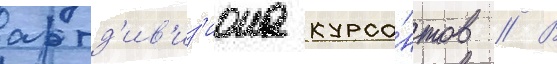
артд'ив'из'иона курса́нтов // В